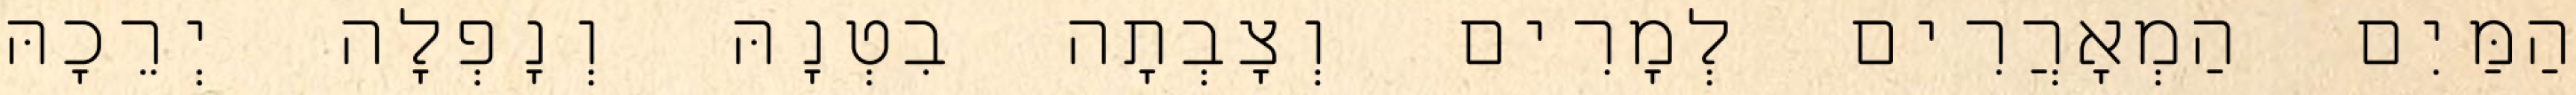
הַמַּיִם הַמְאָרֲרִים לְמָרִים וְצָבְתָה בִטְנָהּ וְנָפְלָה יְרֵכָהּ